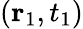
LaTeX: ({\mathbf{r}}_{1},t_{1})